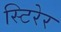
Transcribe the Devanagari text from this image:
स्टिरेर